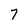
Character: 7